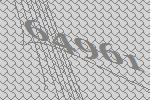
64961